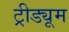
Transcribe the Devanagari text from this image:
ट्रीड्यूम